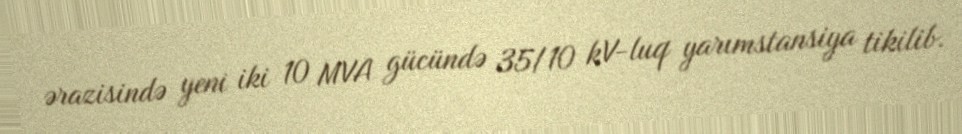
ərazisində yeni iki 10 MVA gücündə 35/10 kV-luq yarımstansiya tikilib.